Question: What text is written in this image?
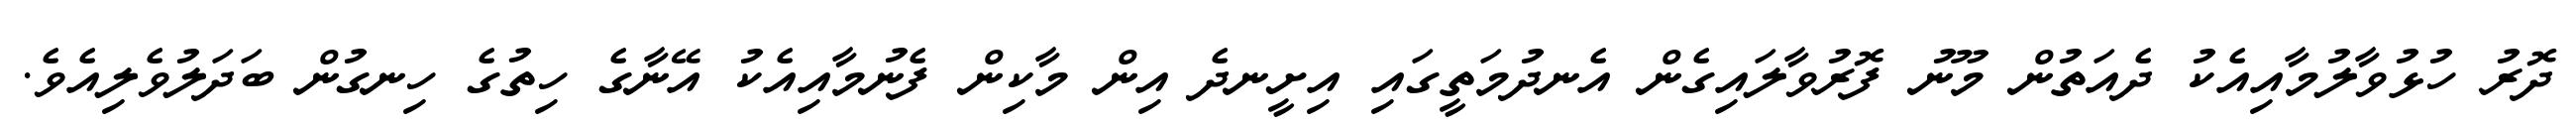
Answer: ދޮރު ހުޅުވާލުމާއިއެކު ދެއަތުން މޫނު ފޮރުވާލައިގެން އެނދުމަތީގައި އިށީނދެ އިން މާކިން ފެނުމާއިއެކު އޭނާގެ ހިތުގެ ހިނގުން ބަދަލުވެލިއެވެ.